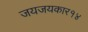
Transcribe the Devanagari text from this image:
जयजयकार१४